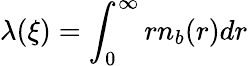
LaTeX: \lambda(\xi)=\int_{0}^{\infty}rn_{b}(r)dr